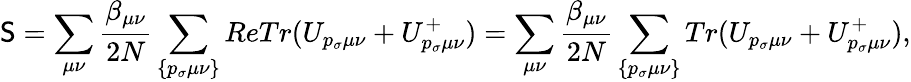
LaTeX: \mathsf{S}=\sum_{\mu\nu}\frac{{\beta_{\mu\nu}}}{{2N}}\sum_{\{ p_{\sigma}\mu\nu\} }ReTr(U_{p_{\sigma}\mu\nu}+U_{p_{\sigma}\mu\nu}^{+})=\sum_{\mu\nu}\frac{{\beta_{\mu\nu}}}{{2N}}\sum_{\{ p_{\sigma}\mu\nu\} }Tr(U_{p_{\sigma}\mu\nu}+U_{p_{\sigma}\mu\nu}^{+}),